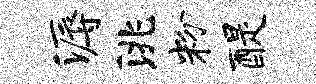
溽洮粉醍